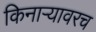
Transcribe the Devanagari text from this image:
किनाऱ्यावरच